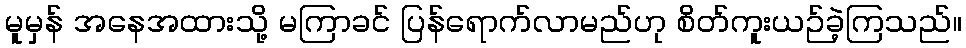
မူမှန် အနေအထားသို့ မကြာခင် ပြန်ရောက်လာမည်ဟု စိတ်ကူးယဉ်ခဲ့ကြသည်။